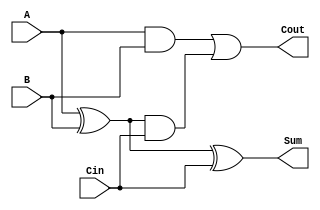
module CarrySaveAdder (
    input [3:0] A,     // 4-bit operand A
    input [3:0] B,     // 4-bit operand B
    input [3:0] Cin,   // 4-bit carry input
    output [3:0] Sum,  // 4-bit output sum
    output [3:0] Cout   // 4-bit output carry
);

wire [3:0] partial_sum; // Partial sum from A and B
wire [3:0] carry;        // Carry generated from A and B

// Generate partial sum and carry
assign partial_sum = A ^ B; // Partial sum S = A XOR B
assign carry = A & B;       // Carry C = A AND B

// Final sum and carry outputs
assign Sum = partial_sum ^ Cin; // Final sum with carry input
assign Cout = carry | (partial_sum & Cin); // Final carry output

endmodule